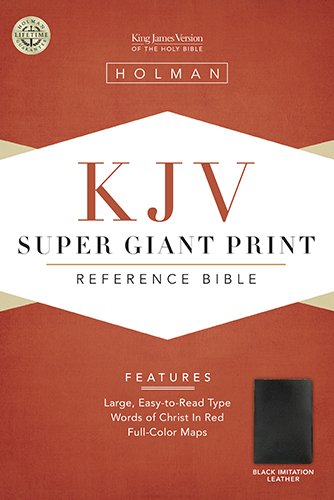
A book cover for KJV Super Giant Print Reference Bible, Black Simulated Leather (King James Version); Christian Books & Bibles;